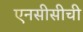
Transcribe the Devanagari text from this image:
एनसीसीची